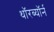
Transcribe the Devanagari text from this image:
थॉरब्यॉर्न